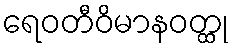
ရေဝတီဝိမာနဝတ္ထု